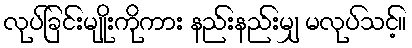
လုပ်ခြင်းမျိုးကိုကား နည်းနည်းမျှ မလုပ်သင့်။